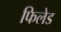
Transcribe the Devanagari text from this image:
फिलेड